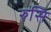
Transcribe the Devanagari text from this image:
रुसि